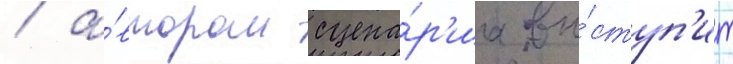
/ а́втором сцена́р'иа вы́ступ'ит